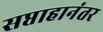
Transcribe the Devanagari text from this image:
सप्ताहानंतर